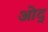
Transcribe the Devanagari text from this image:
ओद्